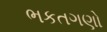
ભકતગણો